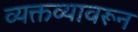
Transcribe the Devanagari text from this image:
व्यक्तव्यावरून